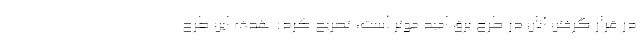
در قرار گرفتن آنان در طرح برق امید موثر است، تصریح کرد: هدف این طرح